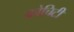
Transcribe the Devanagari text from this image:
कोचिटी